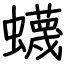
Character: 蠛